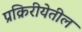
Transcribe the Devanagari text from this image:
प्रक्रिरीयेतील